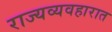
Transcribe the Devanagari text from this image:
राज्यव्यवहारात